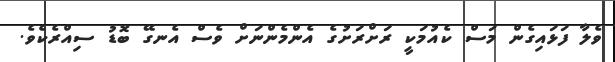
ވެލާ ފަޅައިގެން މަސް ކެއުމަކީ ރަށްރަށުގެ އެންމެންނަށް ވެސް އެނގޭ ބޮޑު ސިއްރެކެވެ.